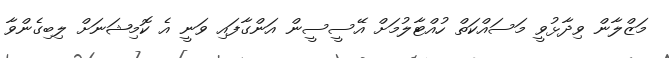
މަޒްލާން ވިދާޅުވީ މަސައްކަތް ހުއްޓާލުމަށް އޭސީސީން އަންގާފައި ވަނީ އެ ކޮމިޝަނަށް ލިބިގެންވާ